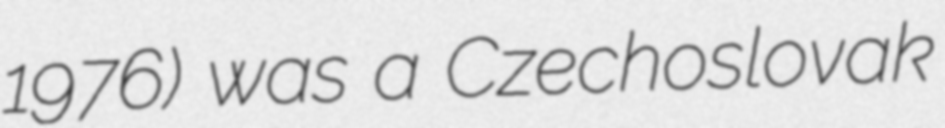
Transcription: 1976) was a Czechoslovak